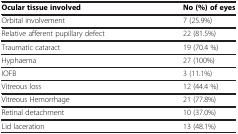
<table><thead><tr><td colspan="2"><b> </b></td></tr></thead><tbody><tr><td><b>Ocular tissue involved</b></td><td><b>No (%) of eyes</b></td></tr><tr><td>Orbital involvement</td><td>7 (25.9%)</td></tr><tr><td>Relative afferent pupillary defect</td><td>22 (81.5%)</td></tr><tr><td>Traumatic cataract</td><td>19 (70.4 %)</td></tr><tr><td>Hyphaema</td><td>27 (100%)</td></tr><tr><td>IOFB</td><td>3 (11.1%)</td></tr><tr><td>Vitreous loss</td><td>12 (44.4 %)</td></tr><tr><td>Vitreous Hemorrhage</td><td>21 (77.8%)</td></tr><tr><td>Retinal detachment</td><td>10 (37.0%)</td></tr><tr><td>Lid laceration</td><td>13 (48.1%)</td></tr></tbody></table>